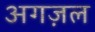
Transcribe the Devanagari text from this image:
अगज़ल